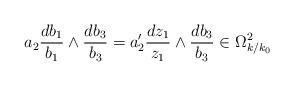
LaTeX: \begin{align*} a_2 \frac{d b_1}{b_1} \wedge \frac{d b_3}{b_3}=a_2' \frac{d z_1}{z_1} \wedge \frac{d b_3}{b_3} \in \Omega^2_{k/k_0}\end{align*}